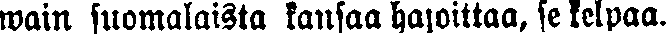
wain suomalaista kansaa hajoittaa, se kelpaa.